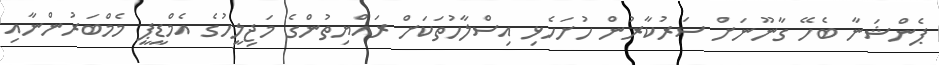
ޕެންޝަނާ ބެހޭ ގާނޫނަށް ސަރުކާރުން ހުށަހެޅި އިސްލާހުތަކަށް ރައްޔިތުންގެ މަޖިލީހުގެ އެމްޑީޕީ މެމްބަރުންނާއި